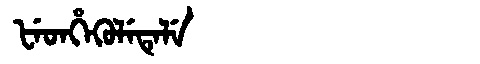
Manchu: ᡶᡝᡨᡥᡝᡴᡠᠯᡝᡨᡝᠯᡝ
Romanization: FETHEKULETELE